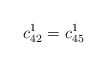
\begin{align*}c_{42}^1=c_{45}^1\end{align*}